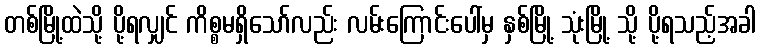
တစ်မြို့ထဲသို့ ပို့ရလျှင် ကိစ္စမရှိသော်လည်း လမ်းကြောင်းပေါ်မှ နှစ်မြို့ သုံးမြို့ သို့ ပို့ရသည့်အခါ